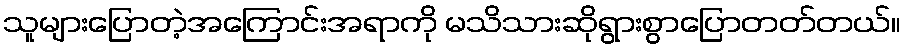
သူများပြောတဲ့အကြောင်းအရာကို မသိသားဆိုရွားစွာပြောတတ်တယ်။